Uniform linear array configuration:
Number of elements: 32
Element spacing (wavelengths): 0.5
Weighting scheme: kaiser
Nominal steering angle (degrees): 30
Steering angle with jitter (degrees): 29.076
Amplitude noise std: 0.05
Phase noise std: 0.05

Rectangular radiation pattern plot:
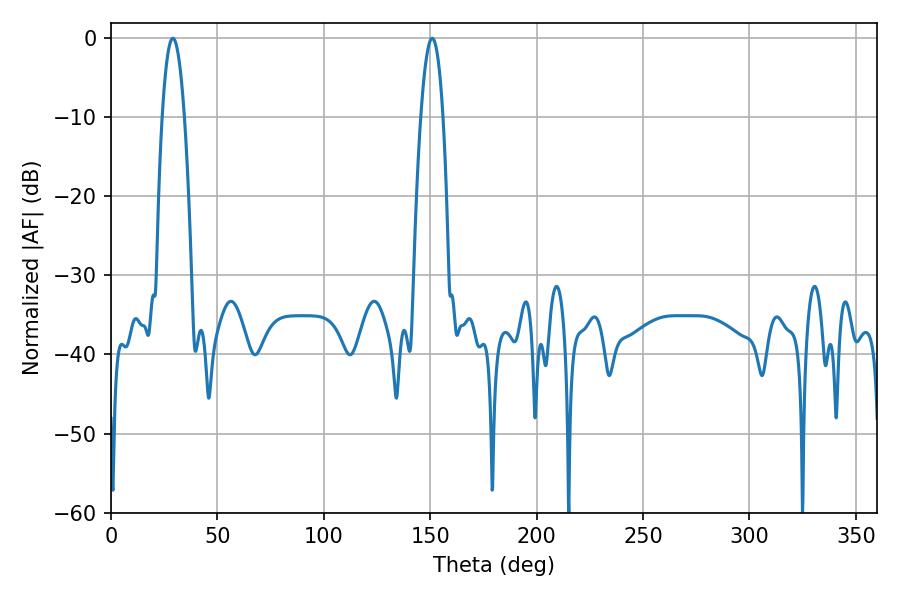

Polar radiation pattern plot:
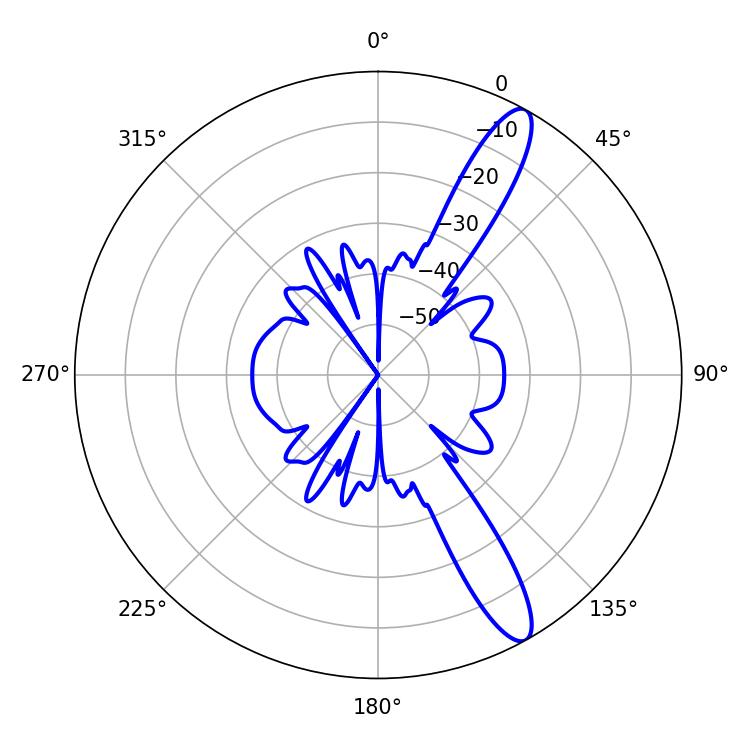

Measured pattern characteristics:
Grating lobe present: FALSE
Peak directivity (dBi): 12.775
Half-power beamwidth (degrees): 5.76
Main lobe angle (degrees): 29.16